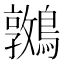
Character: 𪆝